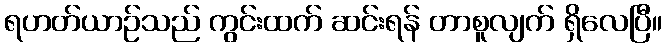
ရဟတ်ယာဉ်သည် ကွင်းထက် ဆင်းရန် တာစူလျက် ရှိလေပြီ။